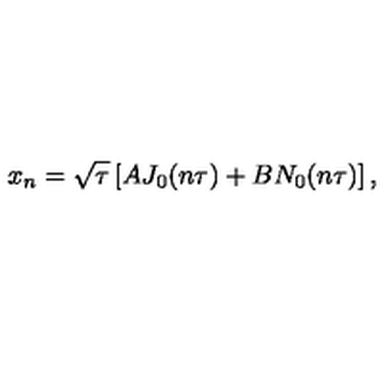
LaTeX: x _ { n } = \sqrt { \tau } \left[ A J _ { 0 } ( n \tau ) + B N _ { 0 } ( n \tau ) \right] ,